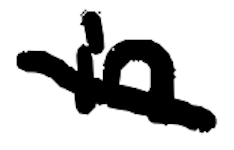
Text: in
Cross-out: diagonal
Writing tool: digital_black